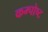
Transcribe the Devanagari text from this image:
कम्पोष्ट